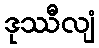
ဒုဿီလျံ